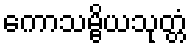
ကောသမ္ဗိယသုတ္တံ